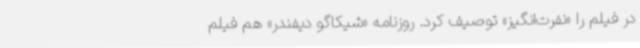
در فیلم را «نفرت‌انگیز» توصیف کرد. روزنامه «شیکاگو دیفندر» هم فیلم